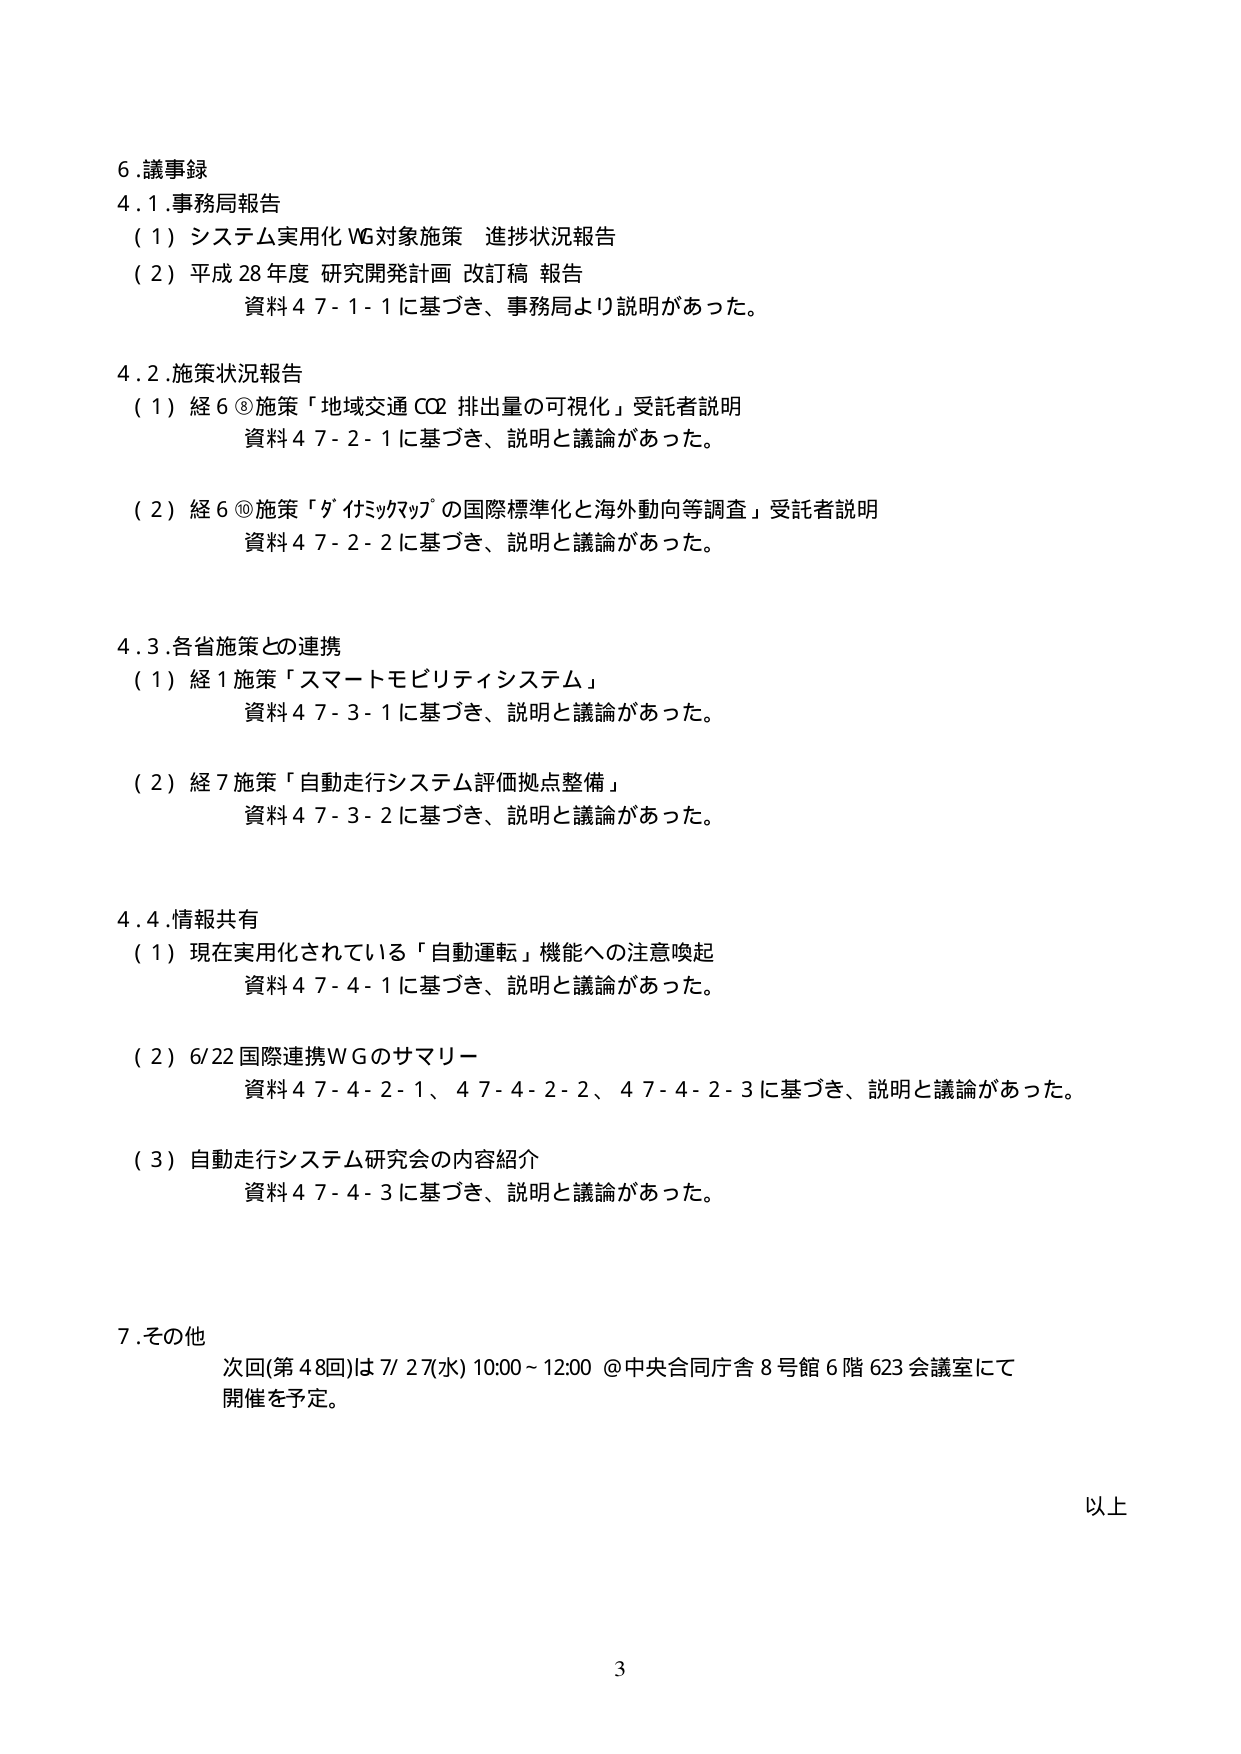
6. 議事録
4.1. 事務局報告
（1）システム実用化WG対象施策 進捗状況報告
（2）平成28年度 研究開発計画 改訂稿 報告
資料4-7-1-1に基づき、事務局より説明があった。

4.2. 施策状況報告
（1）経6⑧施策「地域交通CO2排出量の可視化」受託者説明
資料4-7-2-1に基づき、説明と議論があった。
（2）経6⑩施策「ダ・イミックマップの国際標準化と海外動向等調査」受託者説明
資料4-7-2-2に基づき、説明と議論があった。

4.3. 各省施策との連携
（1）経1施策「スマートモビリティシステム」
資料4-7-3-1に基づき、説明と議論があった。
（2）経7施策「自動走行システム評価拠点整備」
資料4-7-3-2に基づき、説明と議論があった。

4.4. 情報共有
（1）現在実用化されている「自動運転」機能への注意喚起
資料4-7-4-1に基づき、説明と議論があった。
（2）6/22 国際連携WGのサマリー
資料4-7-4-2-1、4-7-4-2-2、4-7-4-2-3に基づき、説明と議論があった。
（3）自動走行システム研究会の内容紹介
資料4-7-4-3に基づき、説明と議論があった。

7. その他
次回(第48回)は7/27(水) 10:00～12:00 @中央合同庁舎8号館6階623会議室にて開催を予定。

以上

3